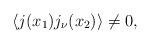
LaTeX: \begin{align*}\langle j(x_1)j_\nu(x_2)\rangle\ne 0,\end{align*}